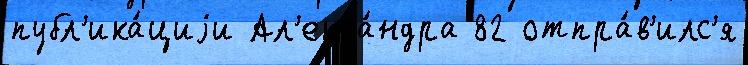
публ'ика́циjи Ал'екса́ндра 82 отпра́в'илс'я